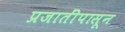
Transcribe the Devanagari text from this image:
प्रजातींपासून